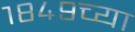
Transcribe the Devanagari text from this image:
१८४९च्या